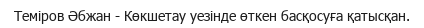
Теміров Әбжан - Көкшетау уезінде өткен басқосуға қатысқан.